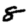
Digit: 8